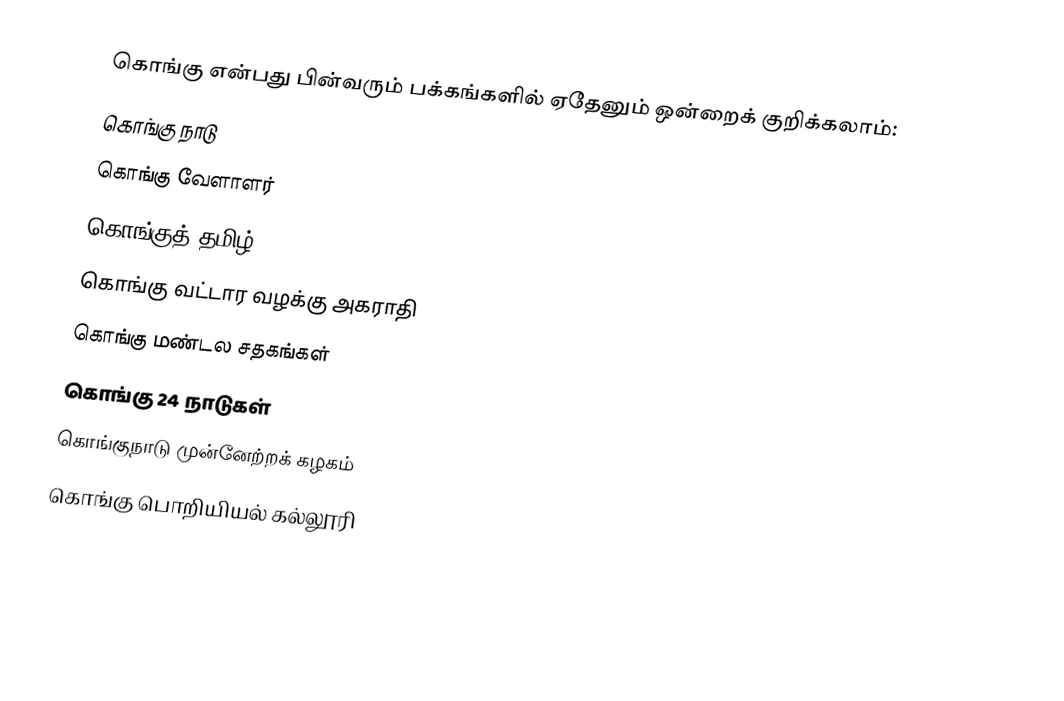
கொங்கு என்பது பின்வரும் பக்கங்களில் ஏதேனும் ஒன்றைக் குறிக்கலாம்:
 கொங்கு நாடு
 கொங்கு வேளாளர்
 கொங்குத் தமிழ்
 கொங்கு வட்டார வழக்கு அகராதி
 கொங்கு மண்டல சதகங்கள்
 கொங்கு 24 நாடுகள்
கொங்குநாடு முன்னேற்றக் கழகம்
கொங்கு பொறியியல் கல்லூரி